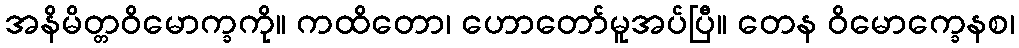
အနိမိတ္တဝိမောက္ခကို။ ကထိတော၊ ဟောတော်မူအပ်ပြီ။ တေန ဝိမောက္ခေနစ၊